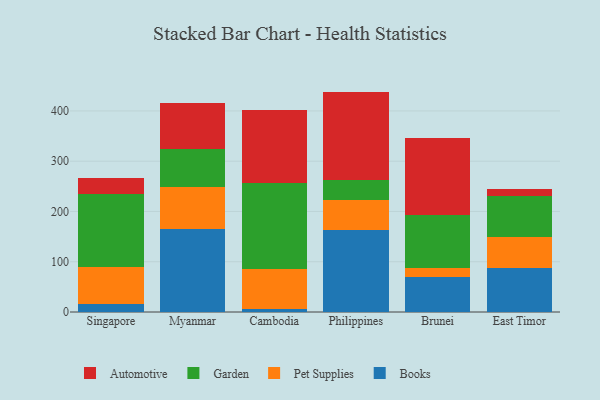
{"axis": {"x": "Country", "y": "Humidity (%)"}, "legend": ["Automotive", "Books", "Garden", "Pet Supplies"], "data": [{"x": "Singapore", "y": 16.9, "type": "Books"}, {"x": "Singapore", "y": 72.4, "type": "Pet Supplies"}, {"x": "Singapore", "y": 145.5, "type": "Garden"}, {"x": "Singapore", "y": 31.8, "type": "Automotive"}, {"x": "Myanmar", "y": 166.1, "type": "Books"}, {"x": "Myanmar", "y": 81.6, "type": "Pet Supplies"}, {"x": "Myanmar", "y": 76.0, "type": "Garden"}, {"x": "Myanmar", "y": 92.7, "type": "Automotive"}, {"x": "Cambodia", "y": 6.4, "type": "Books"}, {"x": "Cambodia", "y": 78.6, "type": "Pet Supplies"}, {"x": "Cambodia", "y": 171.6, "type": "Garden"}, {"x": "Cambodia", "y": 145.7, "type": "Automotive"}, {"x": "Philippines", "y": 162.4, "type": "Books"}, {"x": "Philippines", "y": 60.9, "type": "Pet Supplies"}, {"x": "Philippines", "y": 38.5, "type": "Garden"}, {"x": "Philippines", "y": 176.6, "type": "Automotive"}, {"x": "Brunei", "y": 69.4, "type": "Books"}, {"x": "Brunei", "y": 17.2, "type": "Pet Supplies"}, {"x": "Brunei", "y": 106.2, "type": "Garden"}, {"x": "Brunei", "y": 154.3, "type": "Automotive"}, {"x": "East Timor", "y": 88.3, "type": "Books"}, {"x": "East Timor", "y": 60.2, "type": "Pet Supplies"}, {"x": "East Timor", "y": 82.7, "type": "Garden"}, {"x": "East Timor", "y": 13.3, "type": "Automotive"}]}